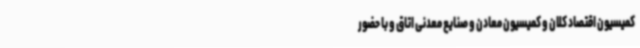
کمیسیون اقتصاد کلان و کمیسیون معادن و صنایع معدنی اتاق و با حضور